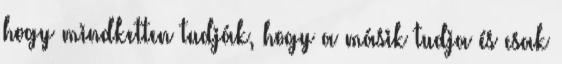
hogy mindketten tudják, hogy a másik tudja és csak